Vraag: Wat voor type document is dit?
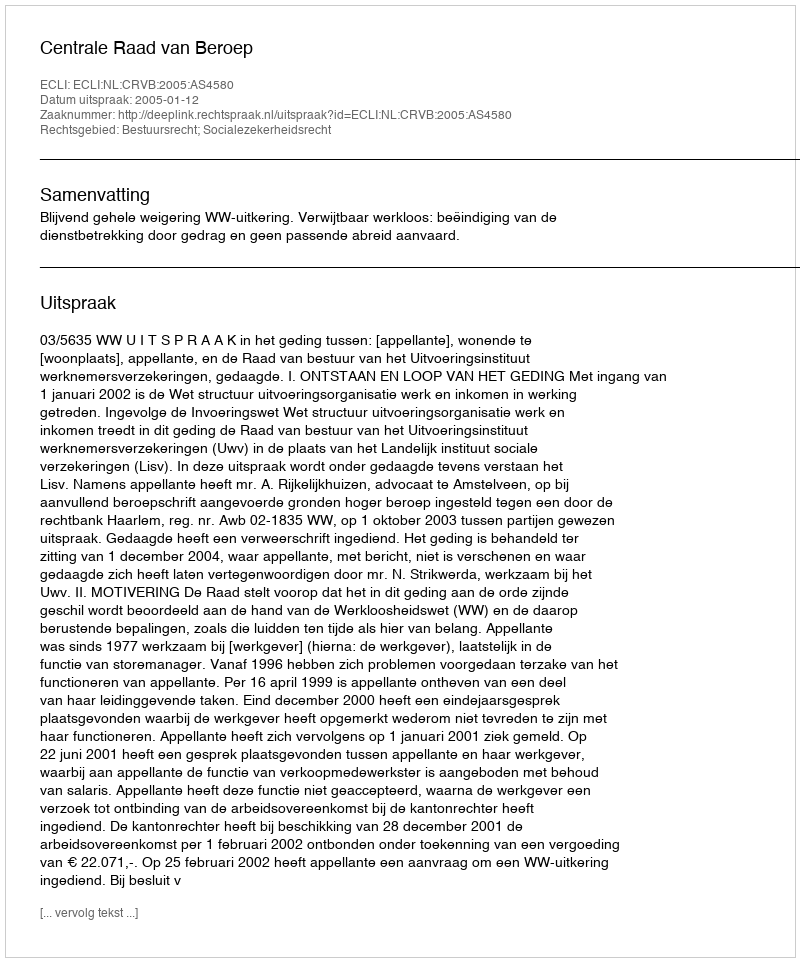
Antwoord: Uitspraak